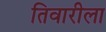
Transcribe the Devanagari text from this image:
तिवारीला